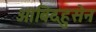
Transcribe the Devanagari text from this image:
आबिदहुसेन